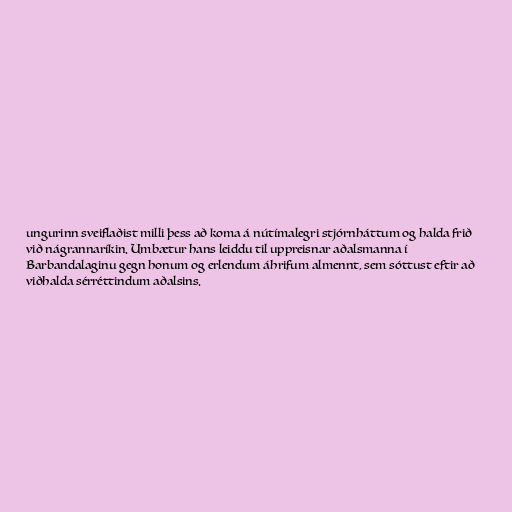
ungurinn sveiflaðist milli þess að koma á nútímalegri stjórnháttum og halda frið
við nágrannaríkin. Umbætur hans leiddu til uppreisnar aðalsmanna í
Barbandalaginu gegn honum og erlendum áhrifum almennt, sem sóttust eftir að
viðhalda sérréttindum aðalsins.